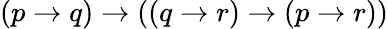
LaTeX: (p\to q)\to((q\to r)\to(p\to r))